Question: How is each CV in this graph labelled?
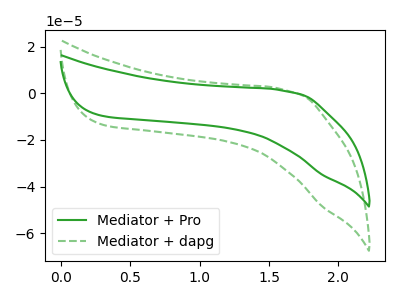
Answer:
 <answer>The green curve is labeled "Mediator + Pro". The green dashed curve is labeled "Mediator + dapg".</answer>
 <eval></eval>